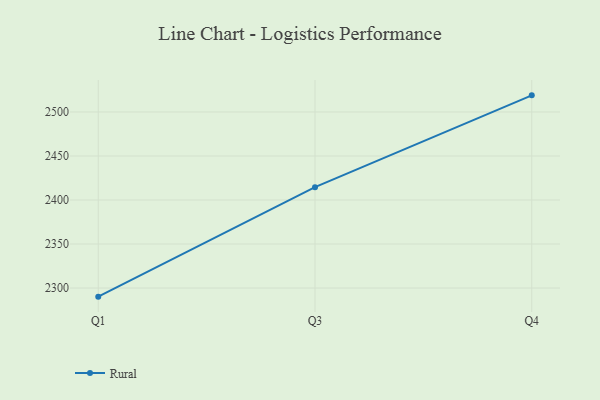
{"axis": {"x": "Quarter", "y": "Demand Index"}, "legend": ["Rural"], "data": [{"x": "Q1", "y": 2290.2, "type": "Rural"}, {"x": "Q3", "y": 2414.6, "type": "Rural"}, {"x": "Q4", "y": 2518.9, "type": "Rural"}]}